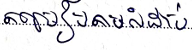
តម្រៀបតាមលំដាប់